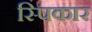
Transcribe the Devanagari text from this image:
स्पिकार